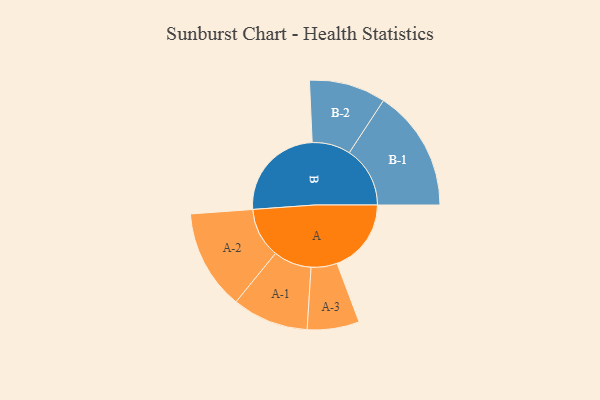
{"axis": {"x": "Segment", "y": "Value"}, "legend": ["", "A", "B"], "data": [{"x": "A", "y": 337, "type": ""}, {"x": "B", "y": 445, "type": ""}, {"x": "A-1", "y": 173, "type": "A"}, {"x": "A-2", "y": 227, "type": "A"}, {"x": "A-3", "y": 118, "type": "A"}, {"x": "B-1", "y": 276, "type": "B"}, {"x": "B-2", "y": 174, "type": "B"}]}